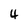
Character: 4